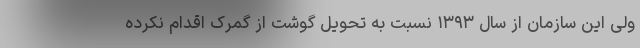
ولی این سازمان از سال ۱۳۹۳ نسبت به تحویل گوشت از گمرک اقدام نکرده